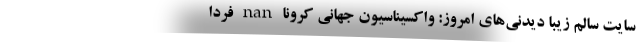
سایت سالم زیبا دیدنی‌های امروز: واکسیناسیون جهانی کرونا nan فردا